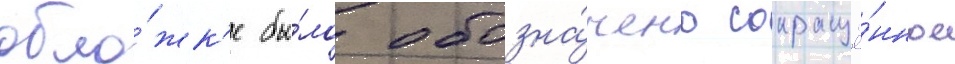
обло́жк'е бы́ло обозна́чено сокращё́нное